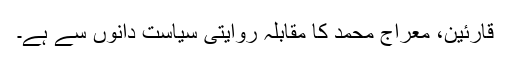
قارئین، معراج محمد کا مقابلہ روایتی سیاست دانوں سے ہے۔